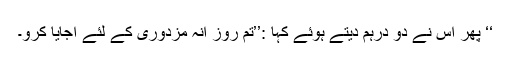
‘‘ پھر اس نے دو درہم دیتے ہوئے کہا :’’تم روز انہ مزدوری کے لئے آجایا کرو۔